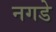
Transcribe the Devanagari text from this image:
नगडे